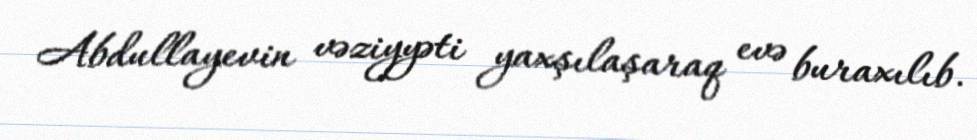
Abdullayevin vəziyyəti yaxşılaşaraq evə buraxılıb.